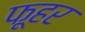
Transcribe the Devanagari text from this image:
फूहर